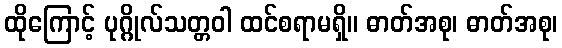
ထိုကြောင့် ပုဂ္ဂိုလ်သတ္တဝါ ထင်စရာမရှိ။ ဓာတ်အစု၊ ဓာတ်အစု၊